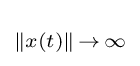
\scriptstyle \Vert x(t)\Vert \,\to \,\infty